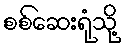
စစ်ဆေးရုံသို့